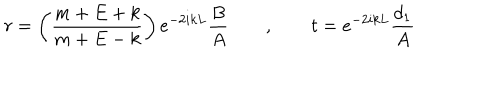
LaTeX: r = \left( \frac { m + E + k } { m + E - k } \right) e ^ { - 2 i k L } \frac { B } { A } \qquad , \qquad t = e ^ { - 2 i k L } \frac { d _ { 1 } } { A }